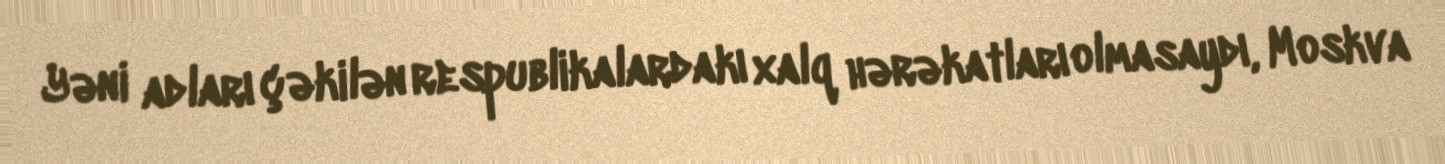
Yəni adları çəkilən respublikalardakı xalq hərəkatları olmasaydı, Moskva